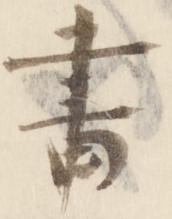
書